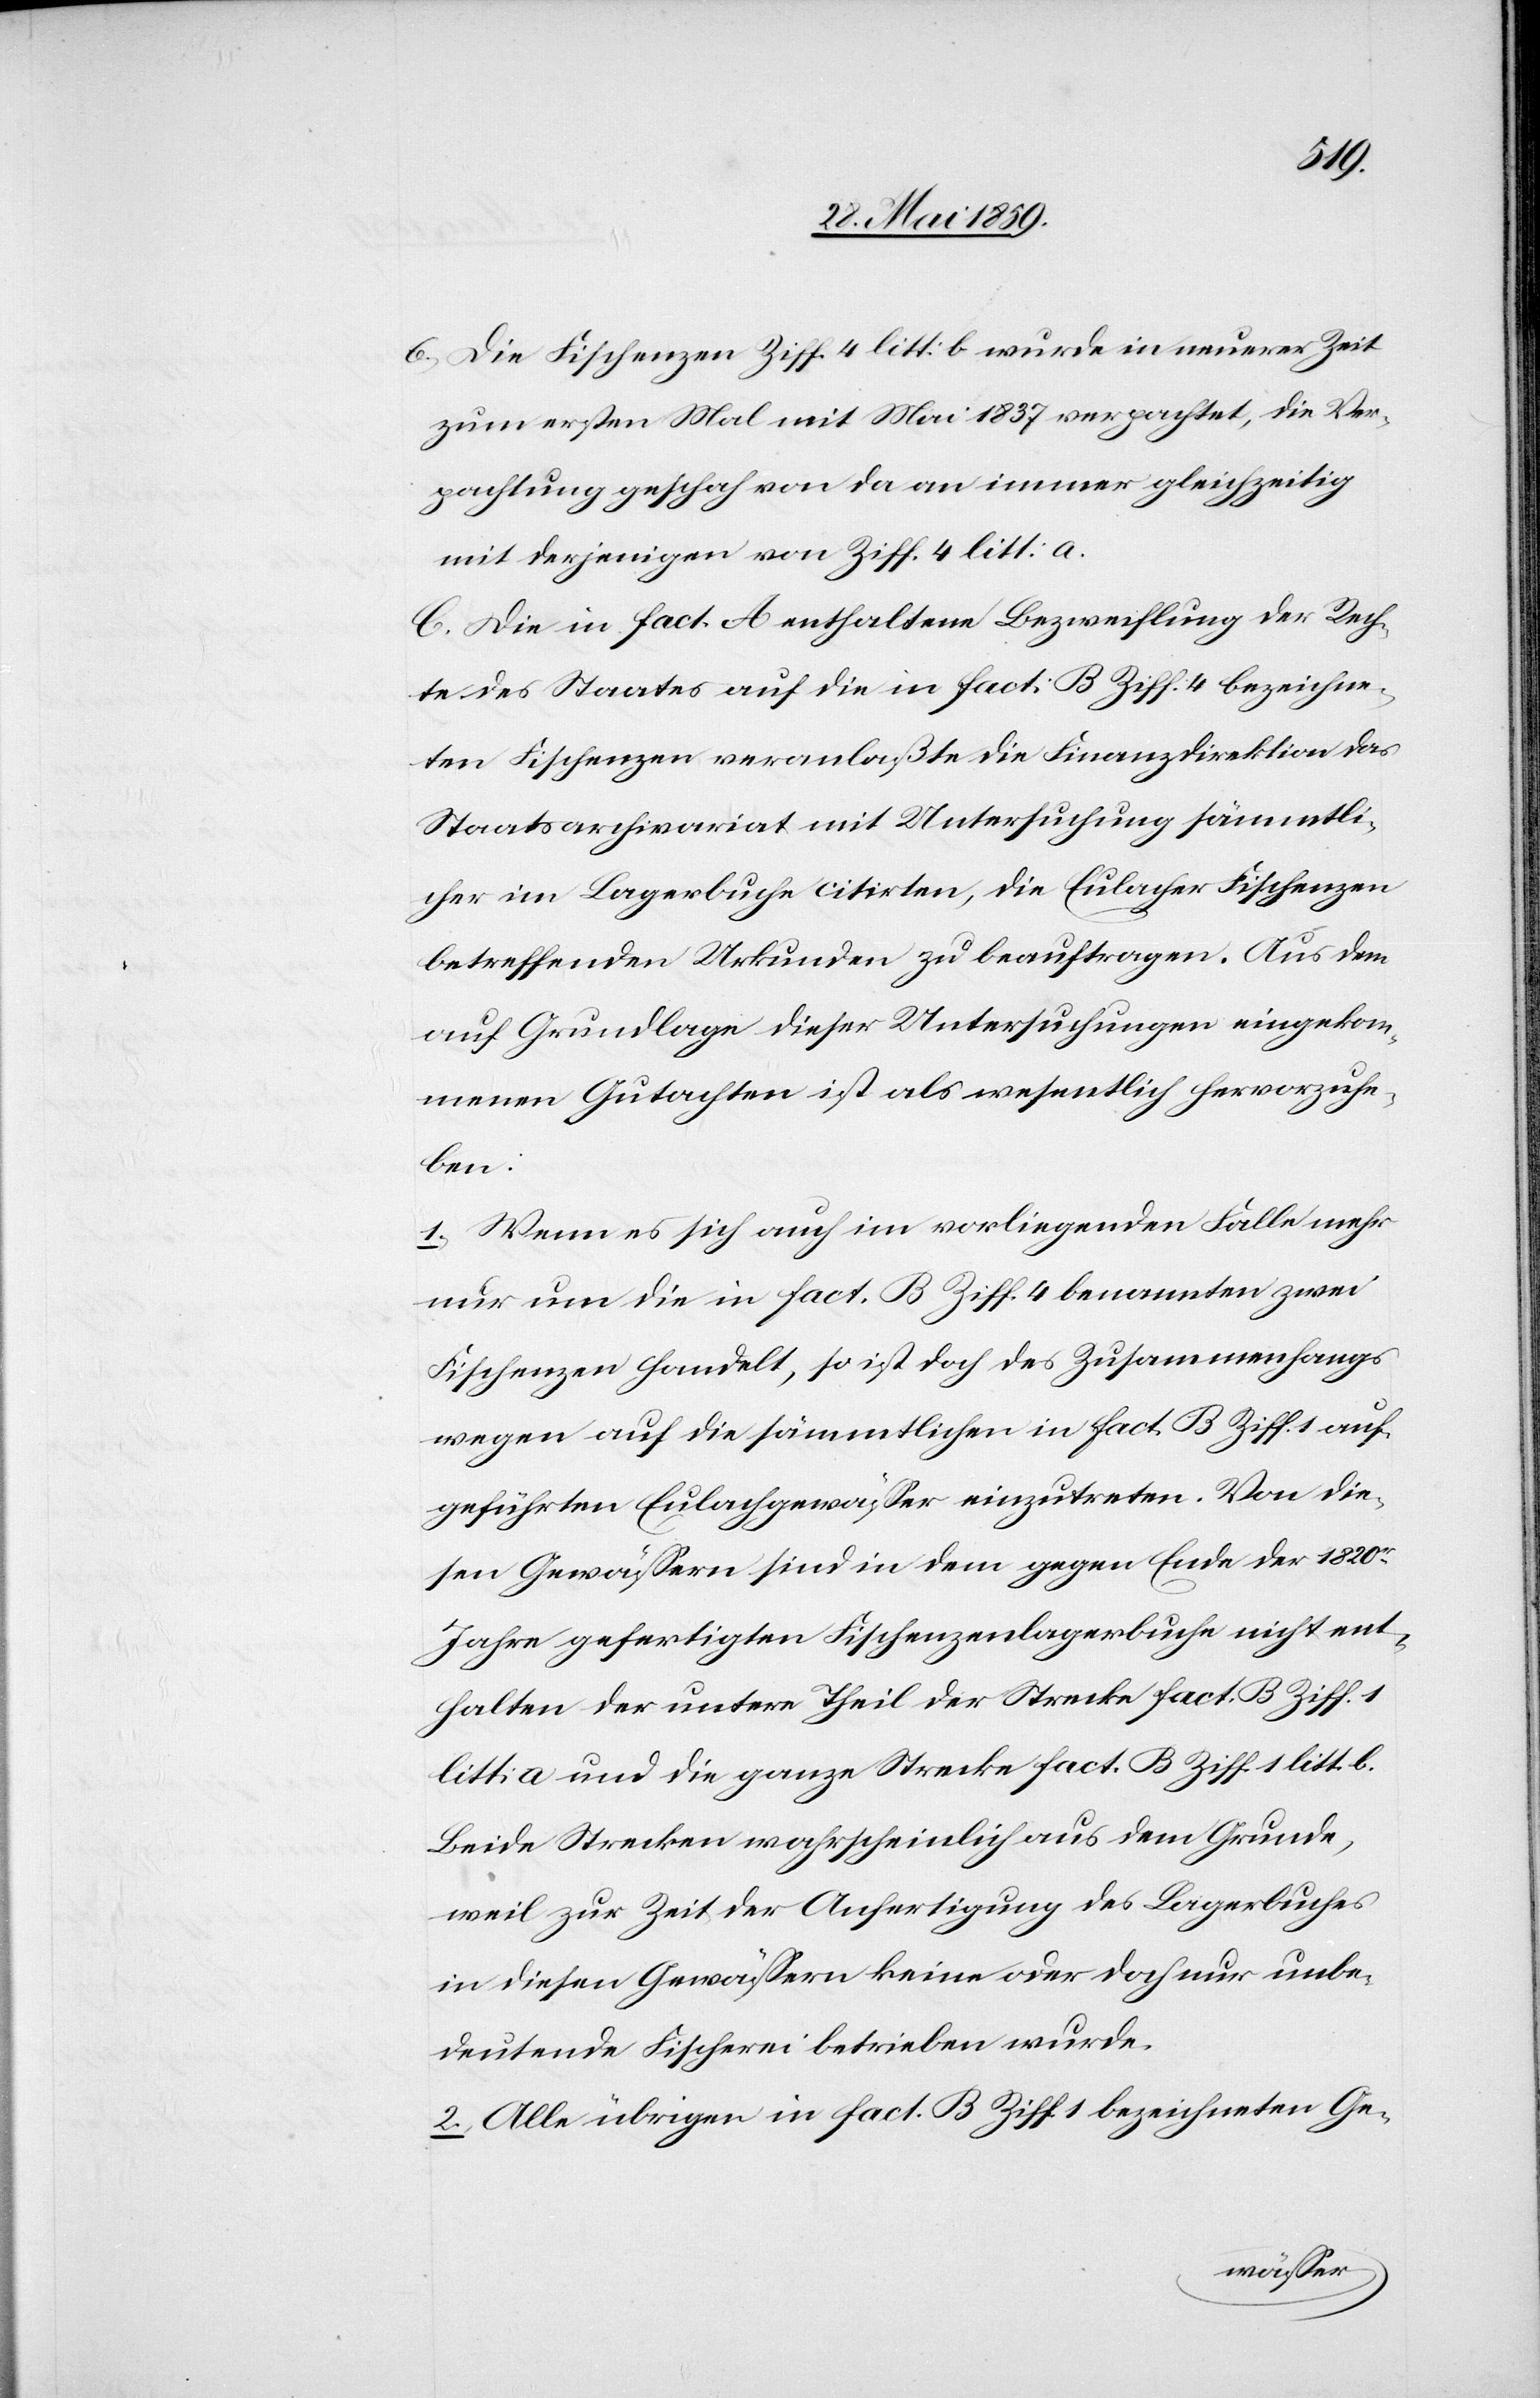
6) Die Fischenzen Ziff. 4 litt: b wurde in unserer Zeit
zum ersten Mal mit Mai 1837 verpachtet, die Ver¬
pachtung geschah von da an immer gleichzeitig
mit derjenigen von Ziff. 4 litt:a.
C. Die in fact. A enthaltene Bezweiflung der Rech¬
te des Staates auf die in fact: B Ziff: 4 bezeichne¬
ten Fischenzen veranlaßte die Finanzdirektion das
Staatsarchivariat mit Untersuchung sämmtli¬
cher im Lagerbuche citirten, die Eulacher Fischenzen
betreffenden Urkunden zu beauftragen. Aus dem
auf Grundlage dieser Untersuchungen eingekom¬
menen Gutachten ist als wesentlich hervorzuhe¬
ben:
1) Wenn es sich auch im vorliegenden Falle mehr
nur um die in fact. B Ziff. 4 benannten zwei
Fischenzen handelt, so ist doch des Zusammenhangs
wegen auf die sämmtlichen in fact. B Ziff. 1 auf¬
geführten Eulachgewässer einzutreten. Von die¬
sen Gewässern sind in dem gegen Ende der 1820er
Jahre gefertigten Fischenzenlagerbuche nicht ent¬
halten der untere Theil der Strecke fact. B Ziff. 1
litt: a und die ganze Strecke fact. B Ziff. 1 litt. b.
Beide Strecken wahrscheinlich aus dem Grunde,
weil zur Zeit der Anfertigung des Lagerbuches
in diesen Gewässern keine oder doch nur unbe¬
deutende Fischerei betrieben wurde.
2) Alle übrigen in fact. B Ziff. 1 bezeichneten Ge-